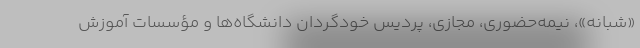
«شبانه»، نیمه‌حضوری، مجازی، پردیس خودگردان دانشگاه‌ها و مؤسسات آموزش